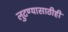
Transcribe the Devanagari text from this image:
लुटण्यासाठीही